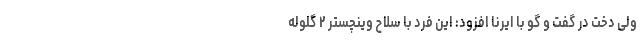
ولی دخت در گفت و گو با ایرنا افزود: این فرد با سلاح وینچستر ۲ گلوله